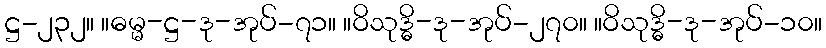
ဋ္ဌ-၂၃၂။ ။ဓမ္မ-ဋ္ဌ-ဒု-အုပ်-၇၁။ ။ဝိသုဒ္ဓိ-ဒု-အုပ်-၂၇၀။ ။ဝိသုဒ္ဓိ-ဒု-အုပ်-၁၀။